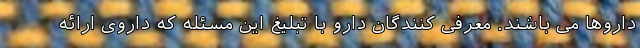
داروها می باشند. معرفی کنندگان دارو با تبلیغ این مسئله که داروی ارائه